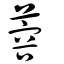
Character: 蓉